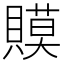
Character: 𧷸